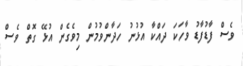
ވެސް ފާޑުފާޑު ވާހަކަ ދައްކާ އުޅުނު ހަދާންވުމުން މިވެގެން އުޅޭ ގޮތް ވެސް